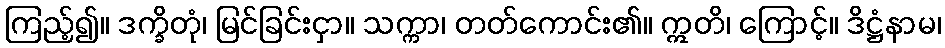
ကြည့်၍။ ဒက္ခိတုံ၊ မြင်ခြင်းငှာ။ သက္ကာ၊ တတ်ကောင်း၏။ ဣတိ၊ ကြောင့်။ ဒိဋ္ဌံနာမ၊